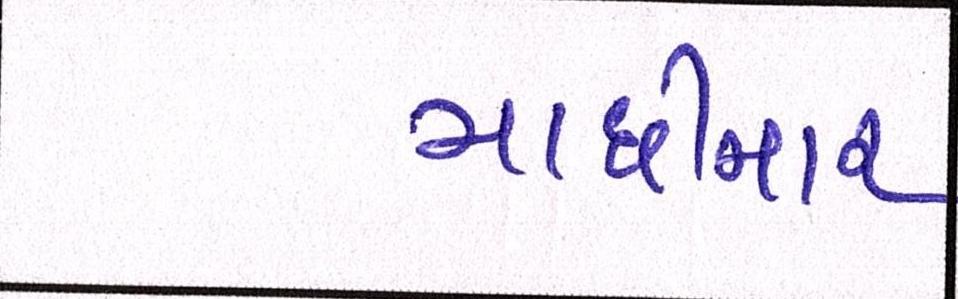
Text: માછીમાર